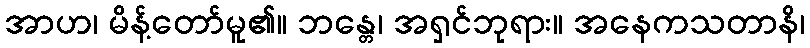
အာဟ၊ မိန့်တော်မူ၏။ ဘန္တေ၊ အရှင်ဘုရား။ အနေကသတာနိ၊